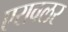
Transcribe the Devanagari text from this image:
एरावलर